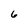
Character: 6